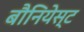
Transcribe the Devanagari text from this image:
बौनियेस्ट